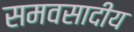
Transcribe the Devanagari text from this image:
समवसादीय